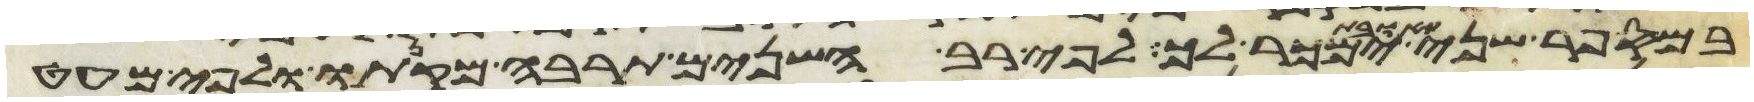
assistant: במספר שני תבואת ימכר לך לפי רב השנים תרבה מקנתו ולפי מעט